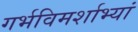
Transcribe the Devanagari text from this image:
गर्भविमर्शाभ्यां